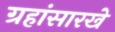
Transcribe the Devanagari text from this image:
ग्रहांसारखे